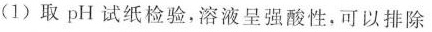
(1)取pH试纸检验，溶液呈强酸性，可以排除